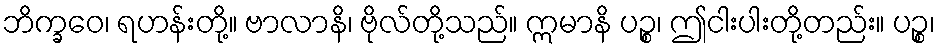
ဘိက္ခဝေ၊ ရဟန်းတို့။ ဗာလာနိ၊ ဗိုလ်တို့သည်။ ဣမာနိ ပဉ္စ၊ ဤငါးပါးတို့တည်း။ ပဉ္စ၊